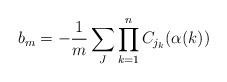
LaTeX: \begin{align*} b_m = -\frac{1}{m} \sum_{J} \prod_{k=1}^{n}C_{j_k}(\alpha(k)) \end{align*}